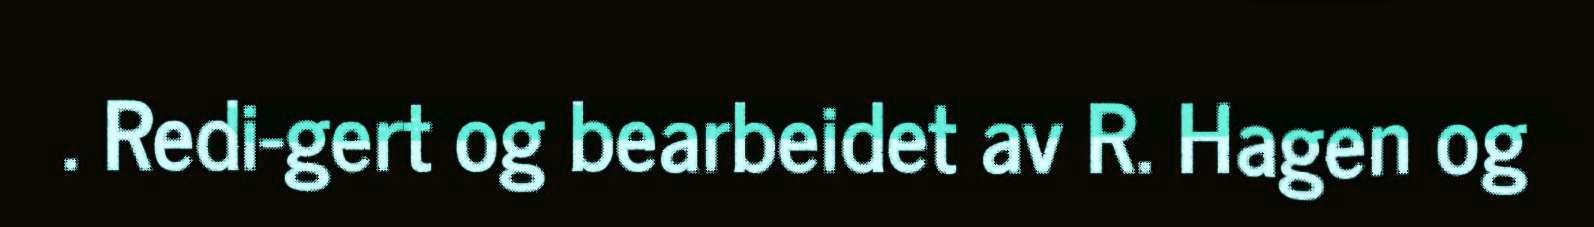
. Redi-gert og bearbeidet av R. Hagen og